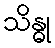
သိန္ဓု